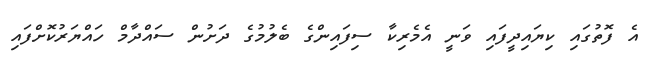
އެ ފޮތުގައި ކިޔައިދީފައި ވަނީ އެމެރިކާ ސިފައިންގެ ބެލުމުގެ ދަށުން ސައްދާމް ހައްޔަރުކޮށްފައި